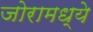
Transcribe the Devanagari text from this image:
जोरामध्ये